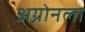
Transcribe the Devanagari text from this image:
अग्नोनला